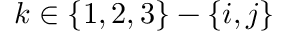
k \in \{ 1 , 2 , 3 \} - \{ i , j \}